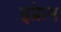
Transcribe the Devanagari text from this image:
इफ्रेम